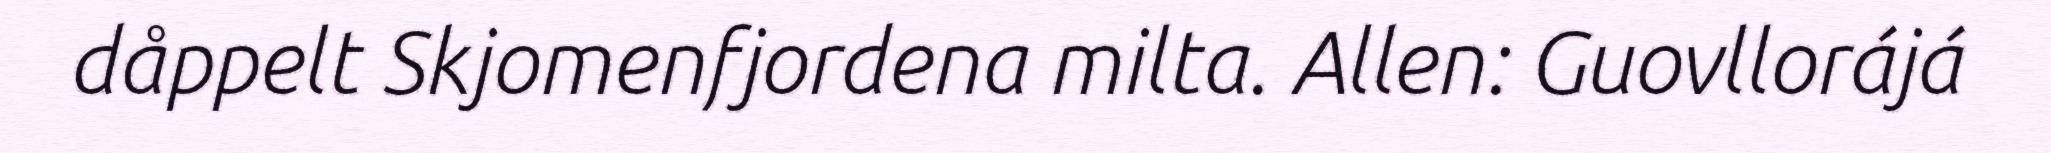
dåppelt Skjomenfjordena milta. Allen: Guovllorájá